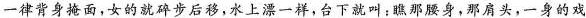
一律背身掩面，女的就碎步后移,水上漂一样,台下就叫;瞧那腰身，那肩头，一身的戏